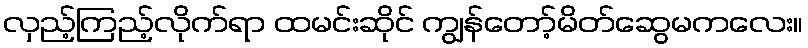
လှည့်ကြည့်လိုက်ရာ ထမင်းဆိုင် ကျွန်တော့်မိတ်ဆွေမကလေး။